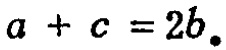
\(a + c = 2b.\)